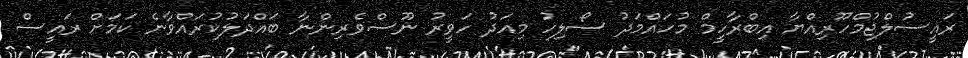
ރައީސުލްޖުމްހޫރިއްޔާ އިބްރާހީމް މުހައްމަދު ސޯލިހު މިއަދު ހަވީރު ނޫސްވެރިންނާ ބައްދަލުކުރައްވާނެ ކަމަށް ރައީސް